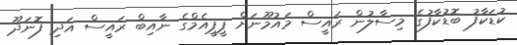
ކުޑަކާފު ބޮޑުކާފުގެ މިސާލުން ރައީސް މައުމޫނަށް ޕީޕީއެމްގެ ނާއިބް ރައީސް އަދި ފޮނަދޫ